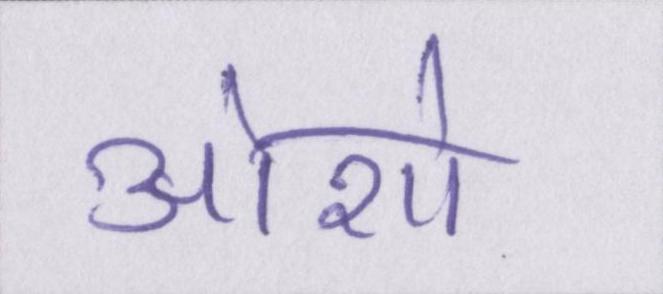
ओशो